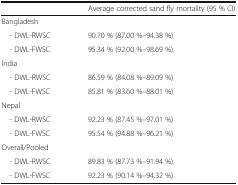
|  | Average corrected sand fly mortality (95 % CI) |
 | --- | --- |
 | <COLSPAN=2> Bangladesh |
 | - DWL-RWSC | 90.70 % (87.00 %–94.38 %) |
 | - DWL-FWSC | 95.34 % (92.00 %–98.69 %) |
 | <COLSPAN=2> India |
 | - DWL-RWSC | 86.59 % (84.08 %–89.09 %) |
 | - DWL-FWSC | 85.81 % (83.60 %–88.01 %) |
 | <COLSPAN=2> Nepal |
 | - DWL-RWSC | 92.23 % (87.45 %–97.01 %) |
 | - DWL-FWSC | 95.54 % (94.88 %–96.21 %) |
 | <COLSPAN=2> Overall/Pooled |
 | - DWL-RWSC | 89.83 % (87.73 %–91.94 %) |
 | - DWL-FWSC | 92.23 % (90.14 %–94.32 %) |